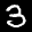
Label: 3